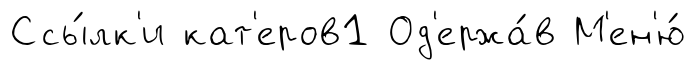
Ссы́лк'и кат'еров1 Од'ержа́в М'ен'ю́